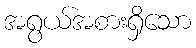
အရွယ်အစားရှိသော